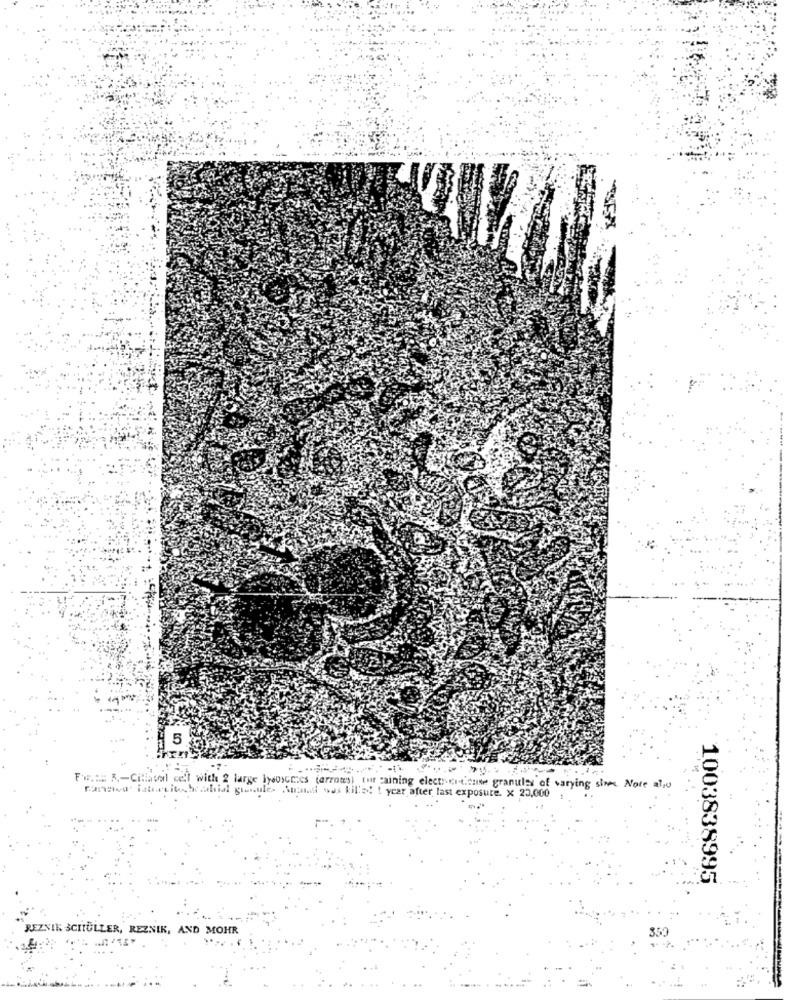
FFI
5
For ==== =- Citlital cell with 2 large lysosomes (arrow) tur gaining electronesuse granules of varying sims Note also
rannou' latratithelabial granules Anand was killed! t year after last exposure. x 20,000
1003838995
REZNIK SCHULLER, REZNIK, AND MOHR